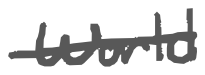
Text: World
Cross-out: single-line
Writing tool: digital_gray